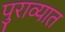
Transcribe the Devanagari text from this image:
पुराव्यात